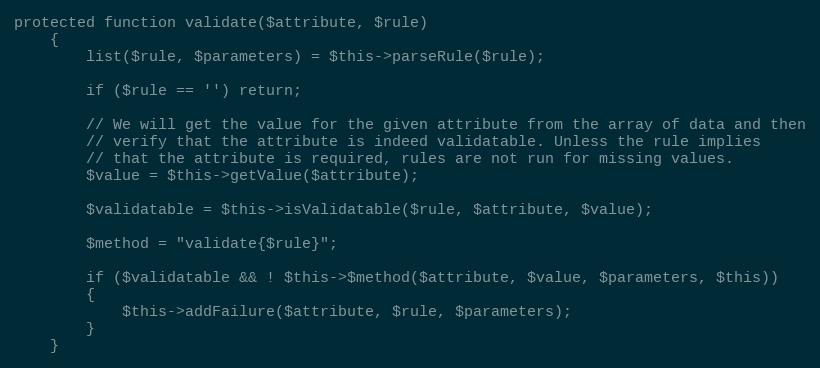
Language: PHP
protected function validate($attribute, $rule)
	{
		list($rule, $parameters) = $this->parseRule($rule);

		if ($rule == '') return;

		// We will get the value for the given attribute from the array of data and then
		// verify that the attribute is indeed validatable. Unless the rule implies
		// that the attribute is required, rules are not run for missing values.
		$value = $this->getValue($attribute);

		$validatable = $this->isValidatable($rule, $attribute, $value);

		$method = "validate{$rule}";

		if ($validatable && ! $this->$method($attribute, $value, $parameters, $this))
		{
			$this->addFailure($attribute, $rule, $parameters);
		}
	}